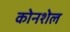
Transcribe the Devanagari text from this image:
कोनशेल